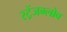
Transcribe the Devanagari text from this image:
स्ट्रेंजग्लोव